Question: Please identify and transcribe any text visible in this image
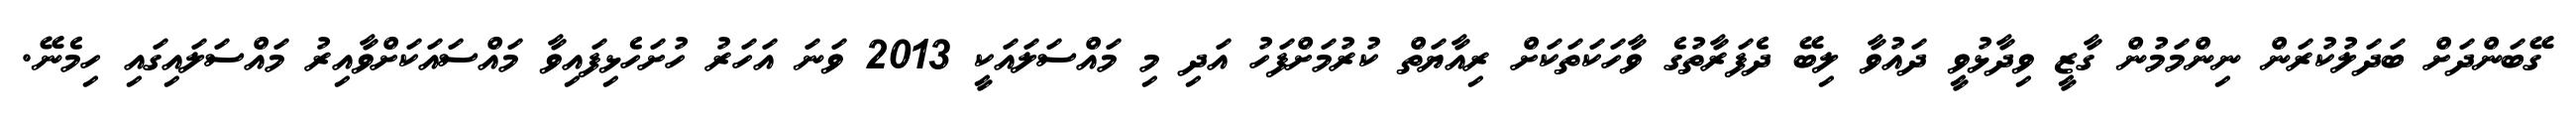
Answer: ގޭބަންދަށް ބަދަލުކުރަން ނިންމަމުން ގާޒީ ވިދާޅުވީ ދައުވާ ލިބޭ ދެފަރާތުގެ ވާހަކަތަކަށް ރިއާޔަތް ކުރުމަށްފަހު އަދި މި މައްސަލައަކީ 2013 ވަނަ އަހަރު ހުށަހެޅިފައިވާ މައްސައަކަށްވާއިރު މައްސަލައިގައި ހިމެނޭ.